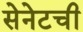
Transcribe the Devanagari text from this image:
सेनेटची